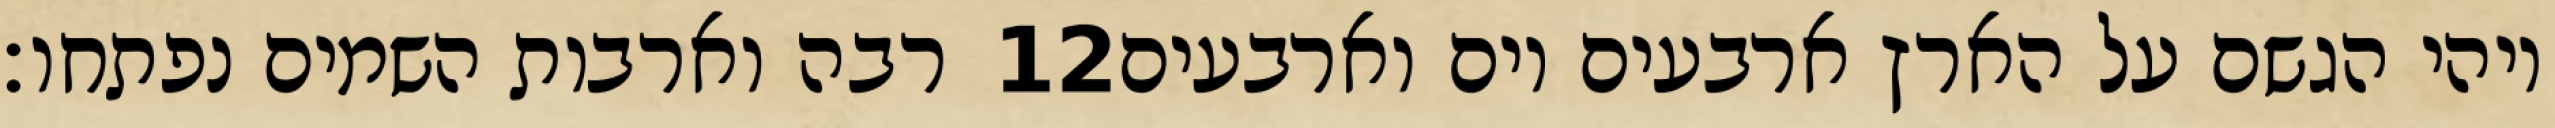
רבה וארבות השמים נפתחו׃ ‎12‏ ויהי הגשם על הארץ ארבעים יום וארבעים